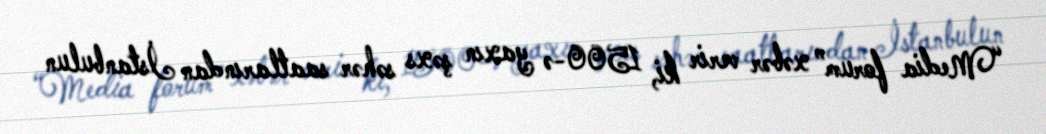
“Media forum” xəbər verir ki, 1500-ə yaxın şəxs səhər saatlarından İstanbulun